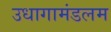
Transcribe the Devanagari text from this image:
उधागामंडलम